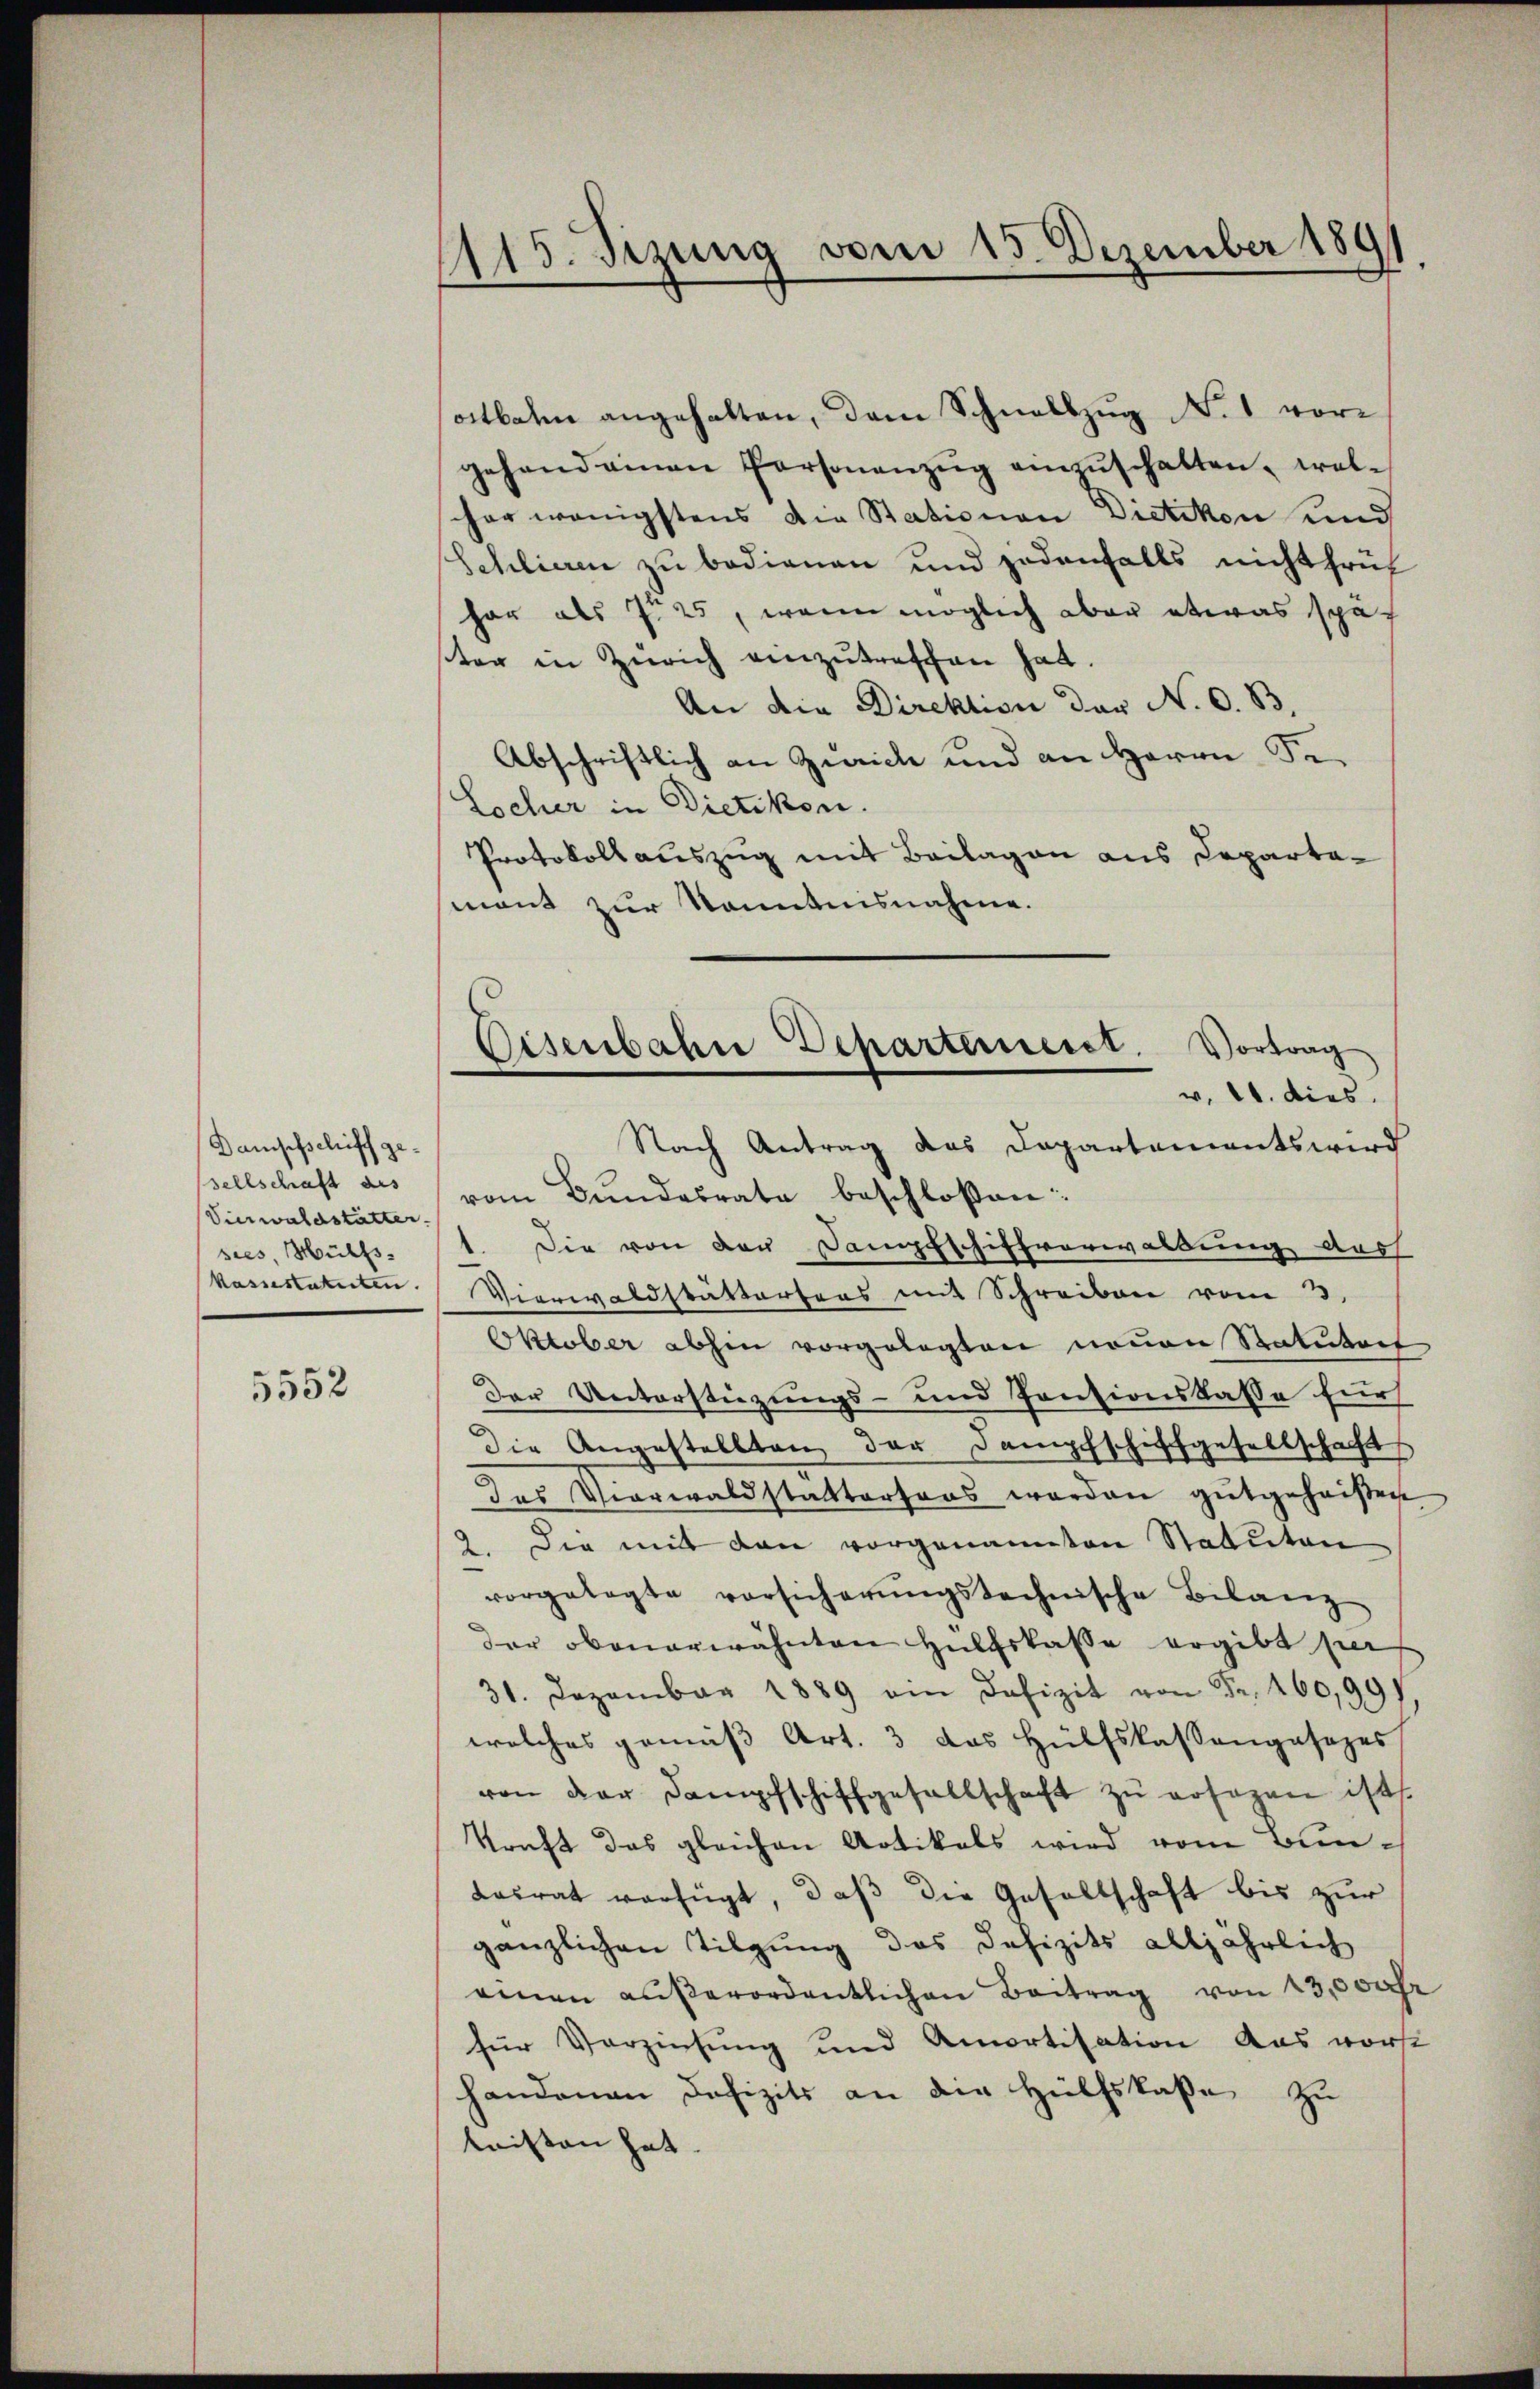
Dampfschiff gesellschaft aus
Vierwaldstätter.
sies, Hülfs-
kassestatuten.

5552

1115. Sizung vom 15. Dezember 1891

ostbahn angehalten, dem Schnellzug No. 1 vorgehand einen Personanzŭg einzŭschalten, welher wenigstens die Stationen Dietikon und
Schlieren zu bedienen und jedenfalls nicht früh
har als 725, wenn möglich aber etwas spät
ster in Zürich einzutreffen hat.
An die Direktion der N. O. B.
Abschriftlich an Zürich und an Herrn Se.
Locher in Dietikon.
Protokollauszug mit Beilagen aus Departamant zur Kenntnisnahme.
Nach Antrag das Departements wird
vom Bundesrate beschloßen:
1. Die von der Dampfschiffverwaltung darf
Vierwaldstattertens mit Schreiben vom 3.
Oktober abhin vorgelegten neuen Statutart
Der Unterstüzungs- und Pontionskasse für
Die Angestellten der Dampfschiffgesellschafts
des Vierwaldstattertens worden gutgeheißen
9. Die mit den vorgenannten Statuten
vorgelegte vorsicherŭngstechnische Bilanz
der obenerwähnten Hülfskasse ergibt per
31. Dezember 1889 ein Defizit von Fr. 460,99)
welches gemäß Art. 3 das Hülfskassengesezes
ven der Dampfschiffgesellschaft zŭ ersagen ist.
kraft das gleichen Artikels wird vom Bun¬
Kasrat verfügt, daß die Gesellschaft bis zur
gänzlichen Tilgung des Defizits alljährlich
einen aŭβerordentlichen Beitrag von 13,000fr
für Verzinsung und Amortisation aus worte
handenen Defizits an die Hülfskaße zu
leisten hat.

Eisenbahne Departerneret. Vortrag
v. 11. dies